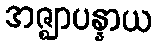
အဇ္ဈာပန္နာယ